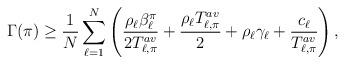
LaTeX: \begin{align*} \Gamma(\pi)\ge\frac{1}{N}\sum_{\ell=1}^N\left(\frac{\rho_\ell\beta_\ell^\pi}{2T_{\ell,\pi}^{av}}+\frac{\rho_\ell T_{\ell,\pi}^{av}}{2} +\rho_\ell\gamma_\ell+\frac{c_\ell}{T_{\ell,\pi}^{av}}\right),\end{align*}